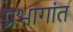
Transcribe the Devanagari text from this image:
प्रभागांत